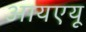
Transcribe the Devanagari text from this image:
आयएयू